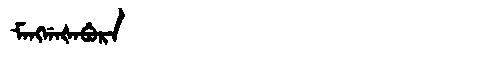
Manchu: ᠮᠠᠩᡤᠠᡧᠠᠪᡠᡵᠠ
Romanization: MANGGAŠABURA